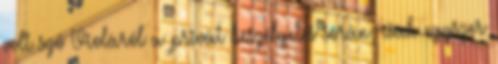
volt szó Violáról a privát beszélgetés során, csak egyszer